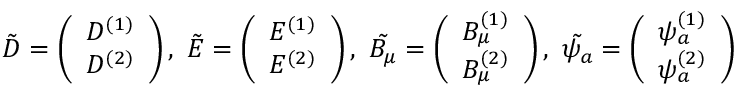
\tilde { D } = \left( \begin{array} { c } { { D ^ { ( 1 ) } } } \\ { { D ^ { ( 2 ) } } } \end{array} \right) , ~ \tilde { E } = \left( \begin{array} { c } { { E ^ { ( 1 ) } } } \\ { { E ^ { ( 2 ) } } } \end{array} \right) , ~ \tilde { B _ { \mu } } = \left( \begin{array} { c } { { B _ { \mu } ^ { ( 1 ) } } } \\ { { B _ { \mu } ^ { ( 2 ) } } } \end{array} \right) , ~ \tilde { \psi _ { a } } = \left( \begin{array} { c } { { \psi _ { a } ^ { ( 1 ) } } } \\ { { \psi _ { a } ^ { ( 2 ) } } } \end{array} \right)